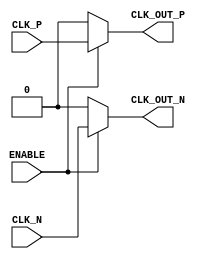
module diff_clock_buffer (
    input wire CLK_P,     // Positive differential clock input
    input wire CLK_N,     // Negative differential clock input
    input wire ENABLE,    // Enable signal
    output wire CLK_OUT_P, // Positive differential clock output
    output wire CLK_OUT_N  // Negative differential clock output
);

    // Internal signals for clock buffering
    wire clk_buf_p, clk_buf_n;

    // Input stage: Buffers for input signals
    // In a real implementation, these would be analog differential amplifiers.
    assign clk_buf_p = CLK_P; // Simple buffer assignment (in practice, use a proper buffer)
    assign clk_buf_n = CLK_N; // Simple buffer assignment (in practice, use a proper buffer)

    // Buffer stage: Driving the output signals based on the enable signal
    assign CLK_OUT_P = ENABLE ? clk_buf_p : 1'b0; // Output positive clock when enabled
    assign CLK_OUT_N = ENABLE ? clk_buf_n : 1'b0; // Output negative clock when enabled

    // To reduce skew, both outputs are driven by the same internal buffered signals
    // ensuring they are as synchronous as possible.

endmodule